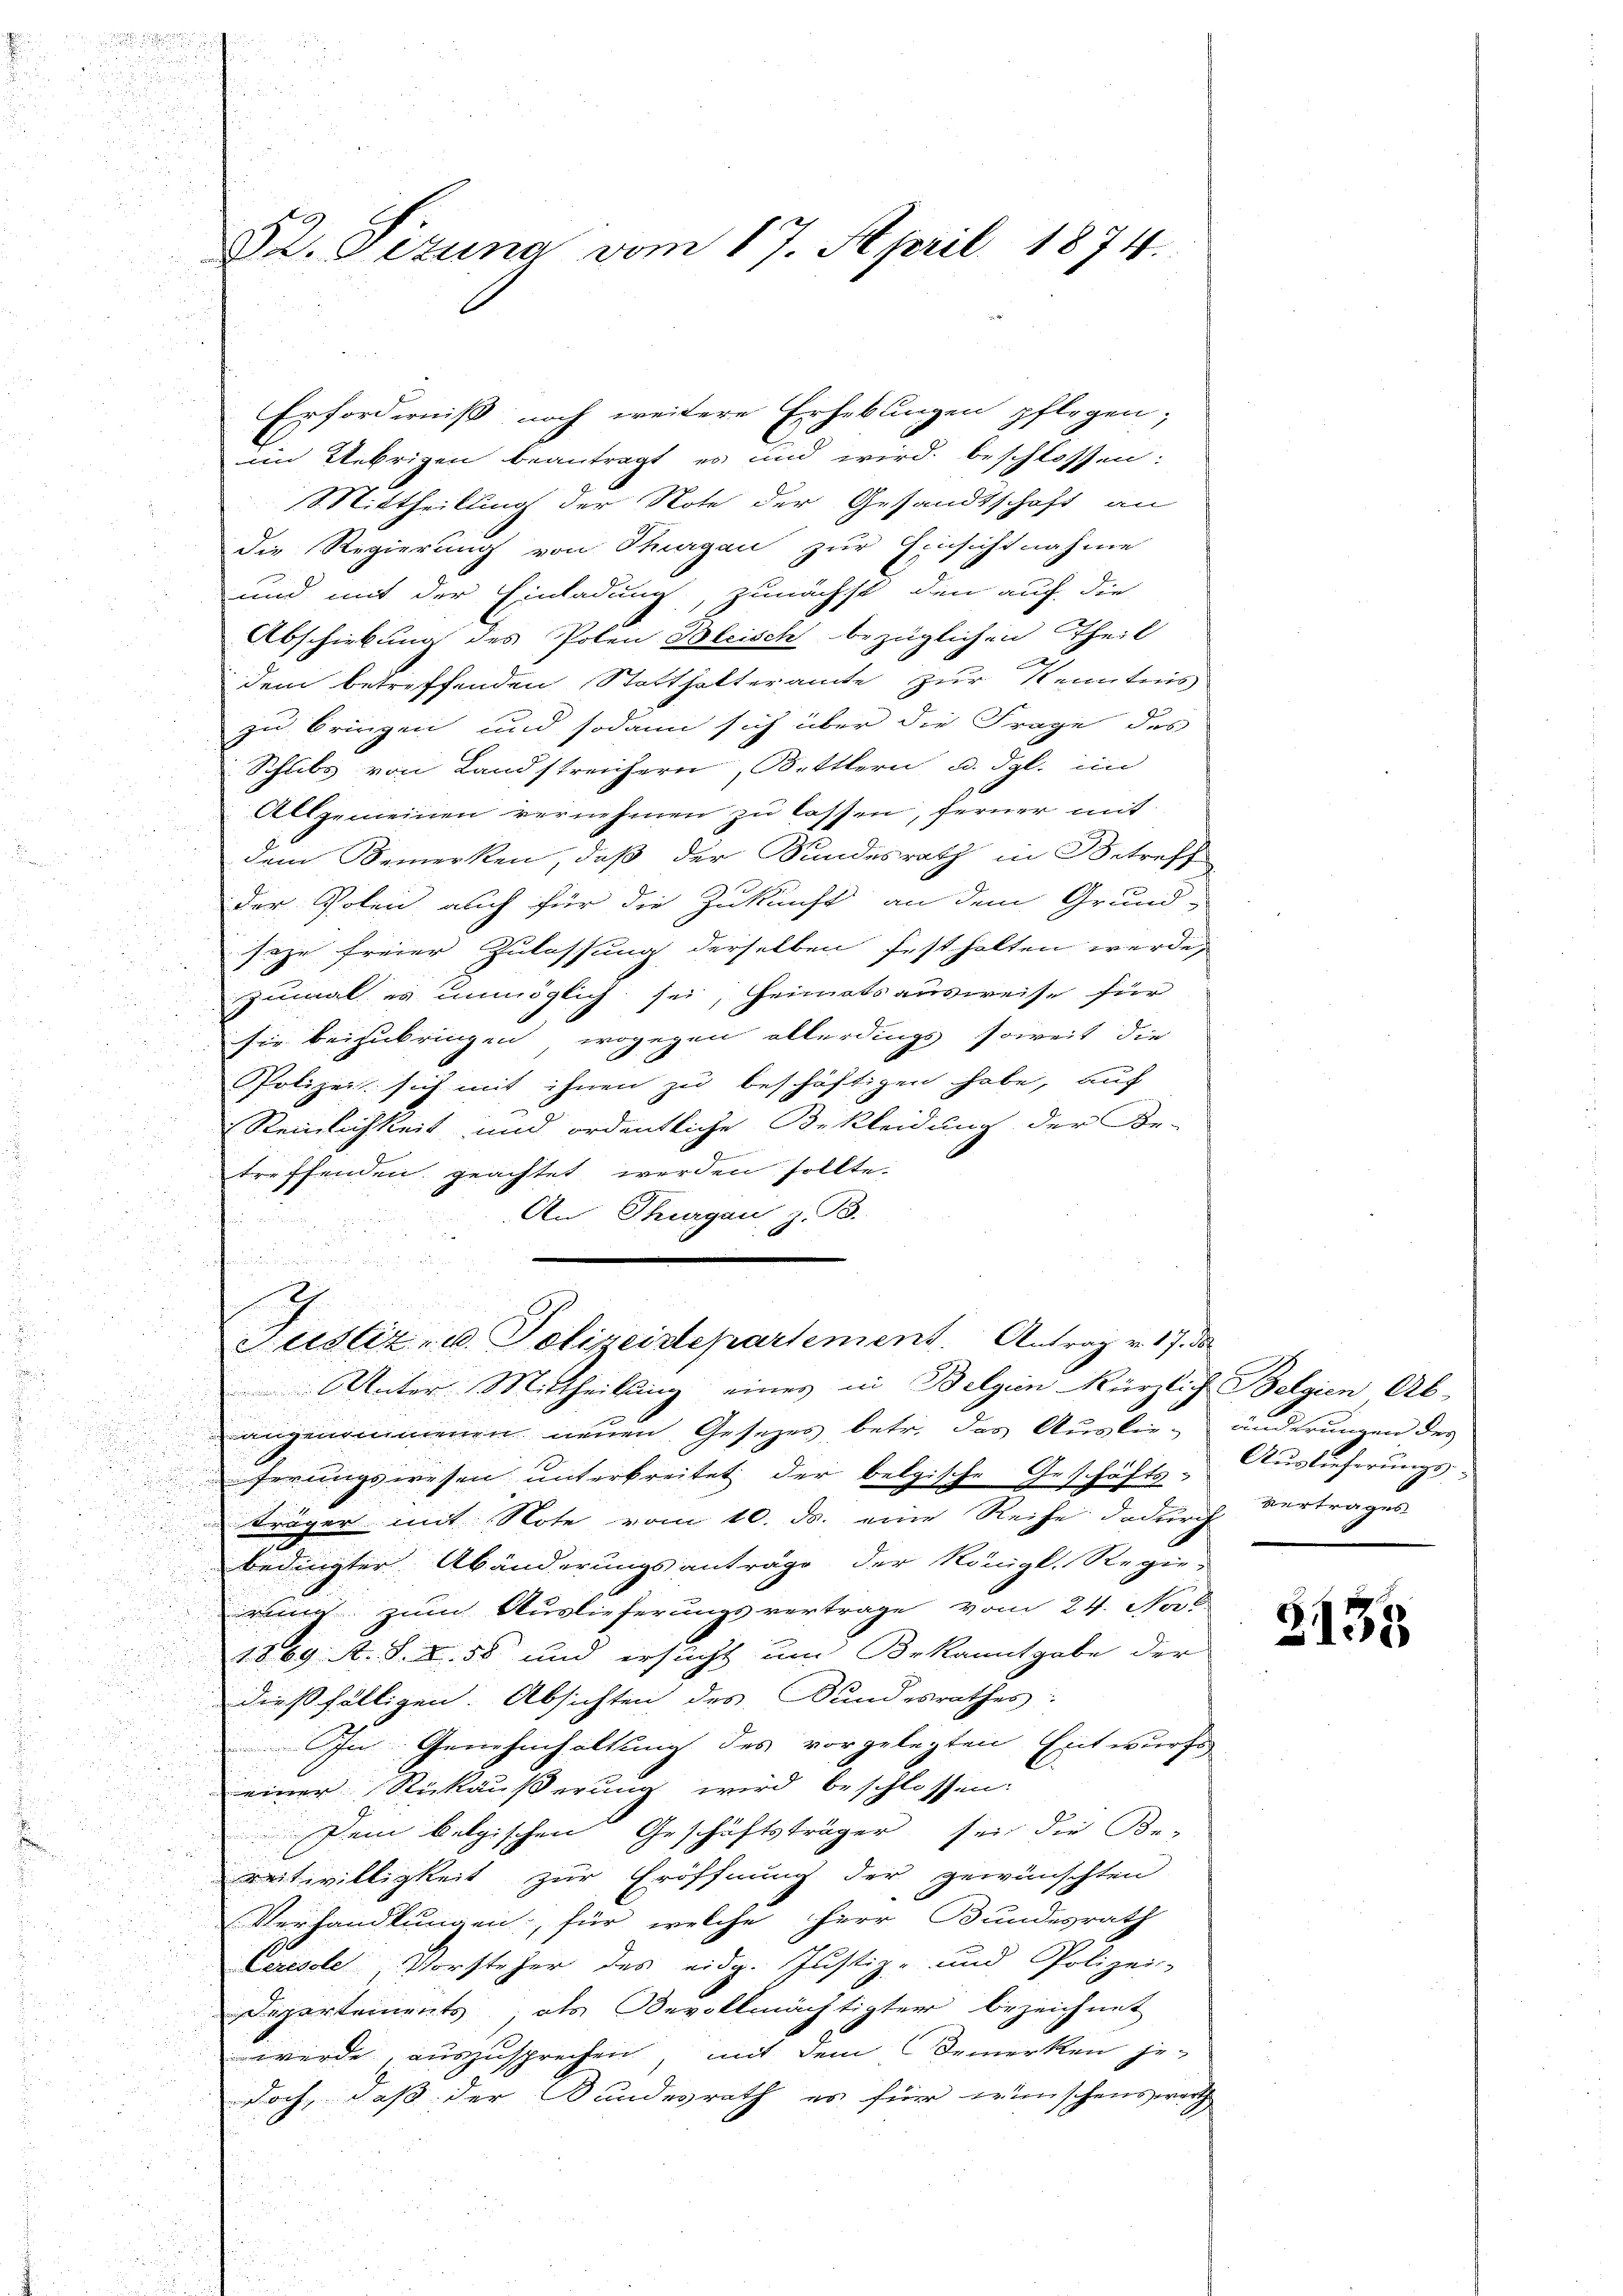
§2. Sizung vom 17. April 1874.

Erforderniß noch weitere Erhebungen pflegen;
d
im Uebrigen beantragt, es und wird beschlossen:
Mittheilung der Note der Gesandtschaft an
.
die Regierung von Thurgau zur Einsichtnahme
und mit der Einladung, zunächst den auf die
Abschiebung des Polen Bleisch bezüglichen Theil
cimente
dem betreffenden Statthalteramte zur Kenntnis
zu bringen und sodann sich über die Frage des
Schubs von Landstreichern, Bettlern u. dgl. im
Allgemeinen vernehmen zu lassen, ferner mit
dem Bemerken, daß der Bundesrath in Betreff
der Polen auch für die Zukunft an dem Grund-
seze freier Zulassung derselben festhalten werde,
zumal es unmöglich sei, Heimatsausweise für
sie beizubringen, wogegen allerdings soweit die
PPolizei sich mit ihnen zu beschäftigen habe, auf
Reinlichkeit und ordentliche Bekleidung der Be-
treffenden geachtet werden sollte.
An Thurgau, z. B.
e
u

Justiz- u. Polizeidepartement. Antrag v. 17. d
Unter Mittheilung eines in Belgien Kürzlich Belgien Ab-

u

n
angenommenen neuen Gesetzes, betr. das Auslie- änderungen des

u
.
ferungswesen unterbreitet der belgische Geschäfts-
u

träger mit Note vom 10. ds. eine Reihe dadurch Vertrages
s
e
5
bedingter Abänderungsanträge der Königl. Regie¬

9
weng zum Auslieferungsvertrage vom 24. Nob

1869. A. S. S. 58 und ersucht um Bekanntgabe der

.
dießfälligen. Absichten des Bundesrathes:
In Genehmhaltung des vorgelegten Entwurfe
einer Stickäußerung wird beschlossen:
Dem belgischen Geschäftsträger sei die Be-

reitwilligkeit zur Eröffnung der gewünschten
Verhandlungen, für welche Herr Bundesrath
Ceresse Vorsteher des eidg. Justiz- und Polizei-
Departements als Bevollmächtigter bezeichnet
werde, auszusprechen, mit dem Bemerken je-
e
doch, daß der Bundesrath es für wünschenswerth
d
u

Auslieferungs¬

2135